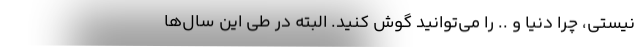
نیستی، چرا دنیا و .. را می‌توانید گوش کنید. البته در طی این سال‌ها